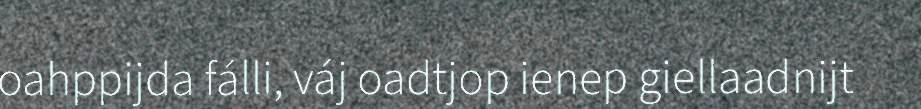
oahppijda fálli, váj oadtjop ienep giellaadnijt